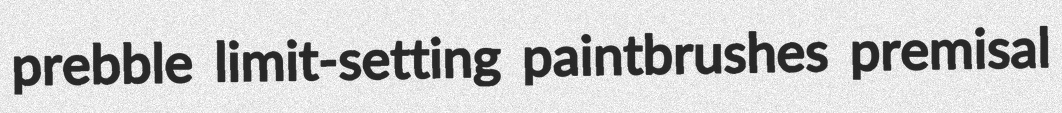
prebble limit-setting paintbrushes premisal